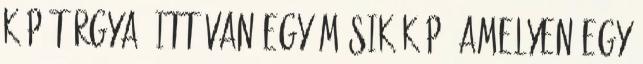
kép tárgya. Itt van egy másik kép, amelyen egy